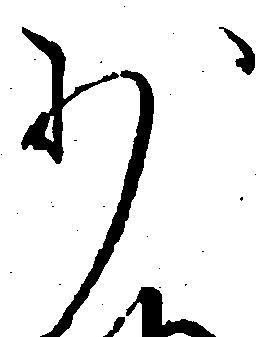
少